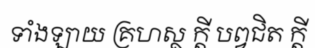
ទាំងឡាយ គ្រហស្ថ ក្តី បព្វជិត ក្តី